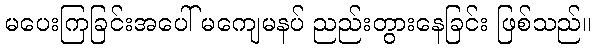
မပေးကြခြင်းအပေါ် မကျေမနပ် ညည်းတွားနေခြင်း ဖြစ်သည်။